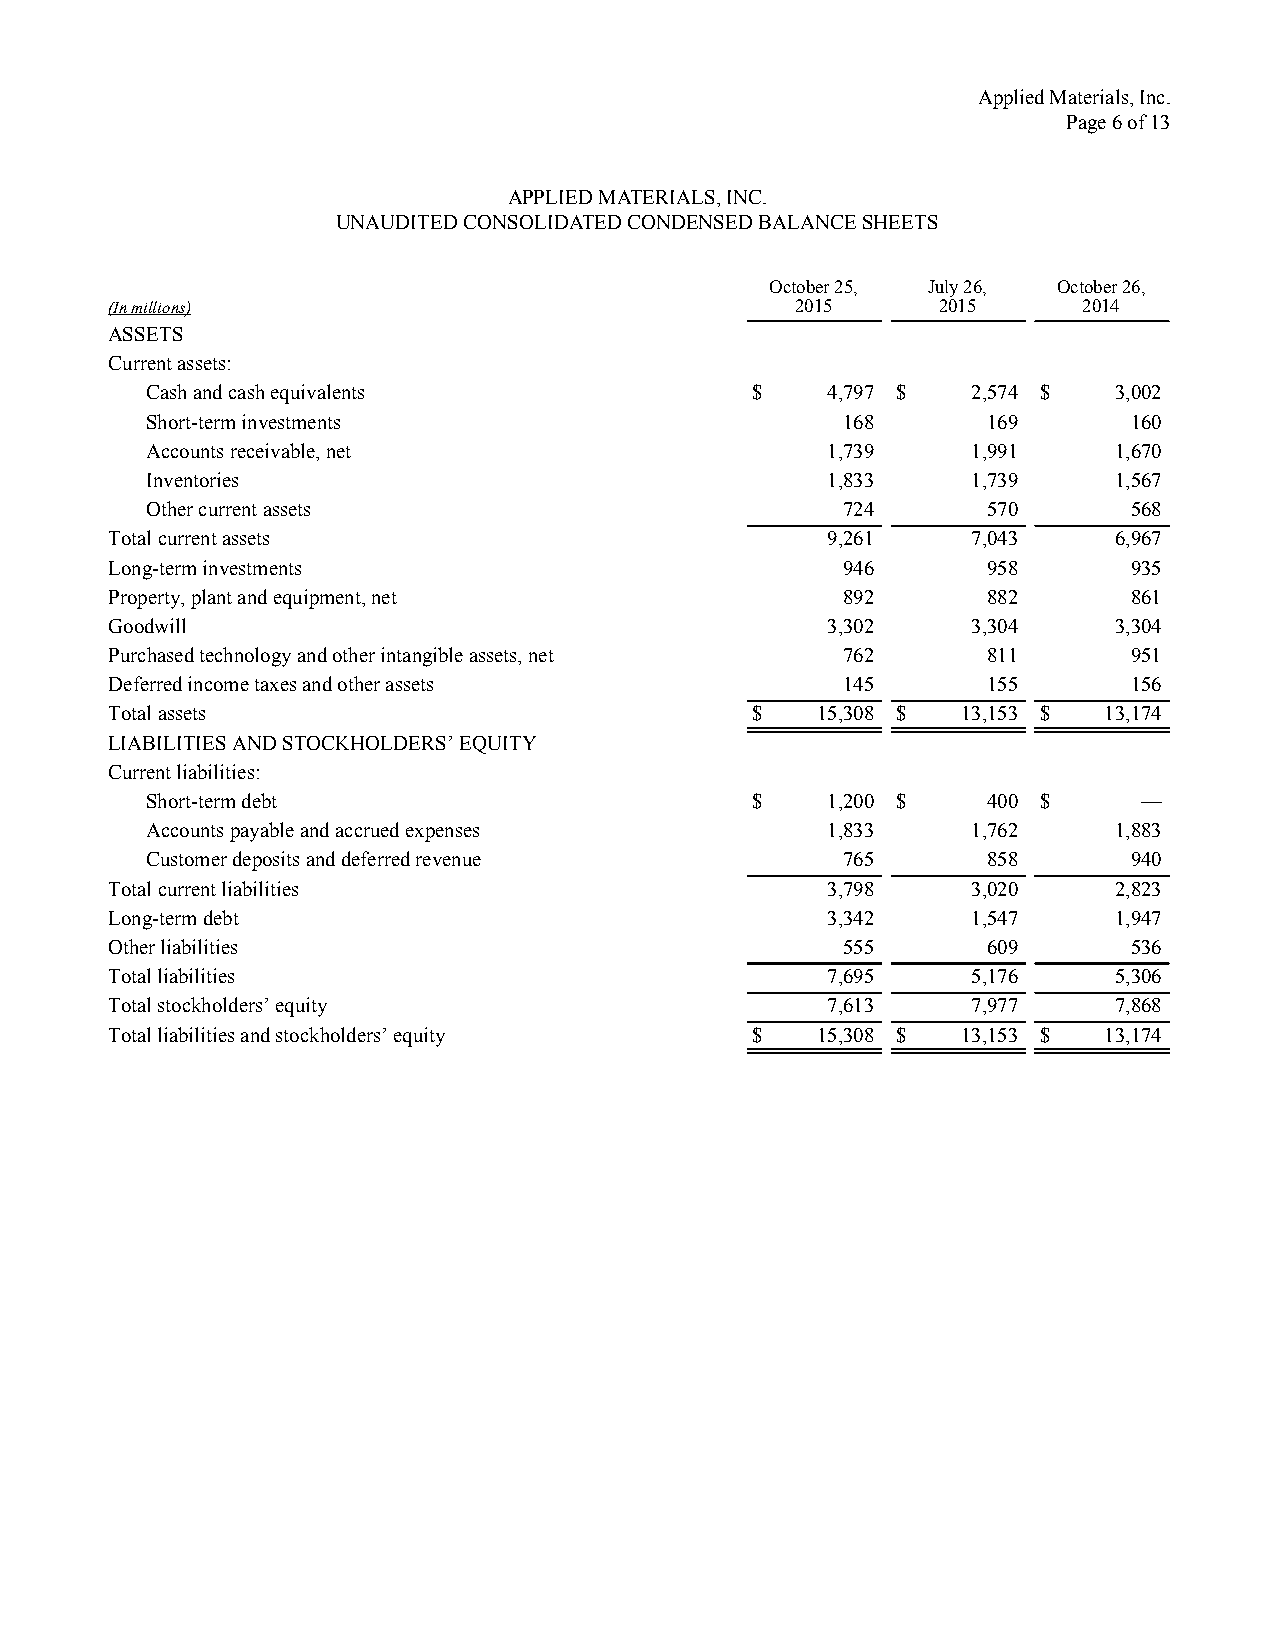
Applied Materials, Inc.
 Page 6 of 13
 APPLIED MATERIALS, INC.
 UNAUDITED CONSOLIDATED CONDENSED BALANCE SHEETS
 October 25, July 26, October 26,
 (In millions)                                 2015     2015      2014
 ASSETS
 Current assets:
 Cash and cash equivalents               $    4,797 $  2,574 $   3,002
 Short-term investments                        168      169       160
 Accounts receivable, net                     1,739    1,991     1,670
 Inventories                                  1,833    1,739     1,567
 Other current assets                          724      570       568
 Total current assets                            9,261    7,043     6,967
 Long-term investments                            946      958       935
 Property, plant and equipment, net               892      882       861
 Goodwill                                        3,302    3,304     3,304
 Purchased technology and other intangible assets, net 762 811       951
 Deferred income taxes and other assets           145      155       156
 Total assets                               $   15,308 $  13,153 $ 13,174
 LIABILITIES AND STOCKHOLDERS’ EQUITY
 Current liabilities:
 Short-term debt                         $    1,200 $   400 $      —
 Accounts payable and accrued expenses        1,833    1,762     1,883
 Customer deposits and deferred revenue        765      858       940
 Total current liabilities                       3,798    3,020     2,823
 Long-term debt                                  3,342    1,547     1,947
 Other liabilities                                555      609       536
 Total liabilities                               7,695    5,176     5,306
 Total stockholders’ equity                      7,613    7,977     7,868
 Total liabilities and stockholders’ equity $   15,308 $  13,153 $ 13,174